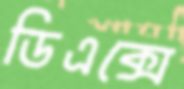
ডিএক্সে